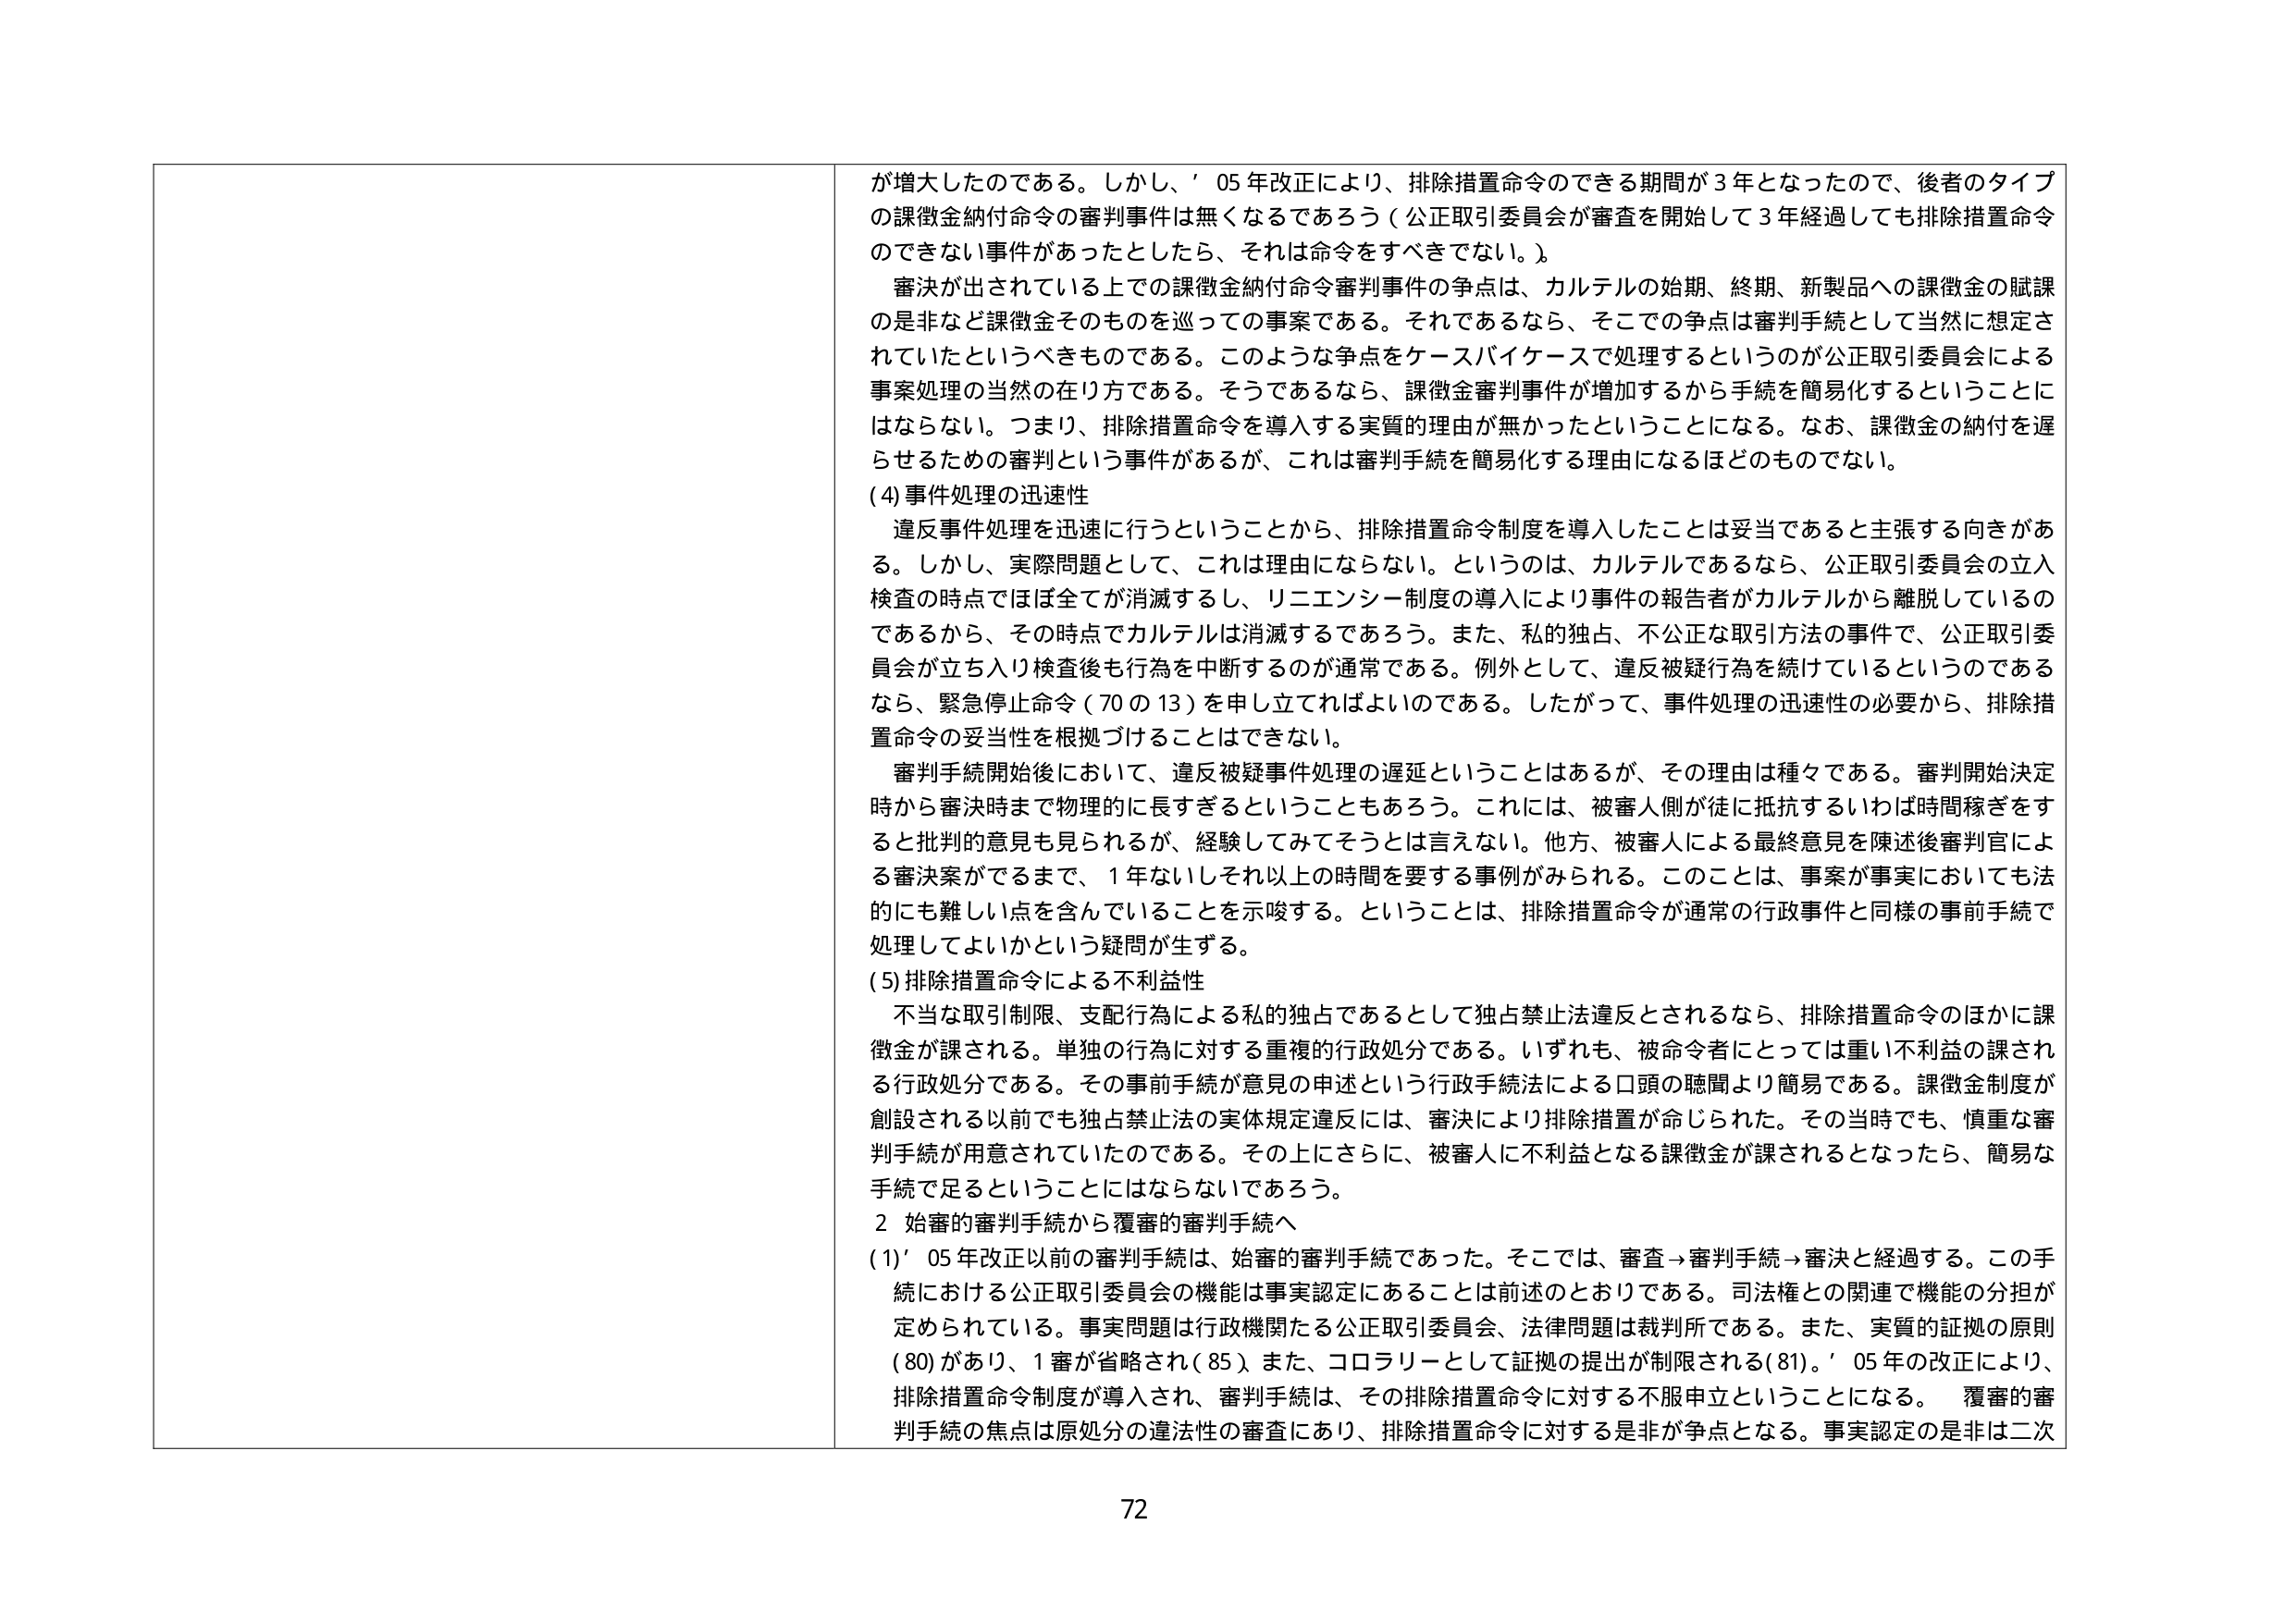
が増大したのである。しかし、'05年改正により、排除措置命令のできる期間が3年となったので、後者のタイプの課徴金納付命令の審判事件は無くなるであろう（公正取引委員会が審査を開始して3年経過しても排除措置命令のできない事件があったとしたら、それは命令をすべきでない。）。

審決が出されている上での課徴金納付命令審判事件の争点は、カルテルの始期、終期、新製品への課徴金の賦課の是非など課徴金そのものを巡っての事案である。それであるなら、そこでの争点は審判手続として当然に想定されていたというべきものである。このような争点をケースバイケースで処理するというのが公正取引委員会による事案処理の当然の在り方である。そうであるなら、課徴金審判事件が増加するから手続を簡易化するということにはならない。つまり、排除措置命令を導入する実質的理由が無かったということになる。なお、課徴金の納付を遅らせるための審判という事件があるが、これは審判手続を簡易化する理由になるほどのものでない。

(4) 事件処理の迅速性

違反事件処理を迅速に行うということから、排除措置命令制度を導入したことは妥当であると主張する向きがある。しかし、実際問題として、これは理由にならない。というのは、カルテルであるなら、公正取引委員会の立入検査の時点ではほぼ全てが消滅するし、リニエンシー制度の導入により事件の報告者がカルテルから離脱しているのであるから、その時点でカルテルは消滅するであろう。また、私的独占、不公正な取引方法の事件で、公正取引委員会が立ち入り検査後も行為を中断するのが通常である。例外として、違反被疑行為を続けているというのであるなら、緊急停止命令（70の13）を申し立てればよいのである。したがって、事件処理の迅速性の必要から、排除措置命令の妥当性を根拠づけることはできない。

審判手続開始後において、違反被疑事件処理の遅延ということはあるが、その理由は種々である。審判開始決定時から審決時まで物理的に長すぎるということもあるろう。これには、被審人側が徒に抵抗するいわば時間稼ぎをすると批判的意見も見られるが、経験してみてそうとは言えない。他方、被審人による最終意見を陳述後審判官による審決案ができるまで、1年ないしそれ以上の時間を要する事例がみられる。このことは、事案が事実においても法的にも難しい点を含んでいることを示唆する。ということは、排除措置命令が通常の行政事件と同様の事前手続で処理してよいかという疑問が生ずる。

(5) 排除措置命令による不利益性

不当な取引制限、支配行為による私的独占であるとして独占禁止法違反とされるなら、排除措置命令のほかに課徴金が課される。単独の行為に対する重複的行政処分である。いずれも、被命令者にとっては重い不利益の課される行政処分である。その事前手続が意見の申述という行政手続法による口頭の聴聞より簡易である。課徴金制度が創設される以前でも独占禁止法の実体規定違反には、審決により排除措置が命じられた。その当時でも、慎重な審判手続が用意されていたのである。その上にさらに、被審人に不利益となる課徴金が課されるとなったら、簡易な手続で足るということにはならないであろう。

2 始審的審判手続から覆審的審判手続へ

(1) '05年改正以前の審判手続は、始審的審判手続であった。そこでは、審査→審判手続→審決と経過する。この手続における公正取引委員会の機能は事実認定にあることは前述のとおりである。司法権との関連で機能の分担が定められている。事実問題は行政機関たる公正取引委員会、法律問題は裁判所である。また、実質的証拠の原則（80）があり、1審が省略され（85）、また、コロラリーとして証拠の提出が制限される（81）。「05年の改正により、排除措置命令制度が導入され、審判手続は、その排除措置命令に対する不服申立ということになる。覆審的審判手続の焦点は原処分の違法性の審査にあり、排除措置命令に対する是非が争点となる。事実認定の是非は二次

72